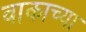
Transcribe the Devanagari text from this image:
वाकाच्या